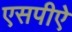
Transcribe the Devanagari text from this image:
एसपीऐ